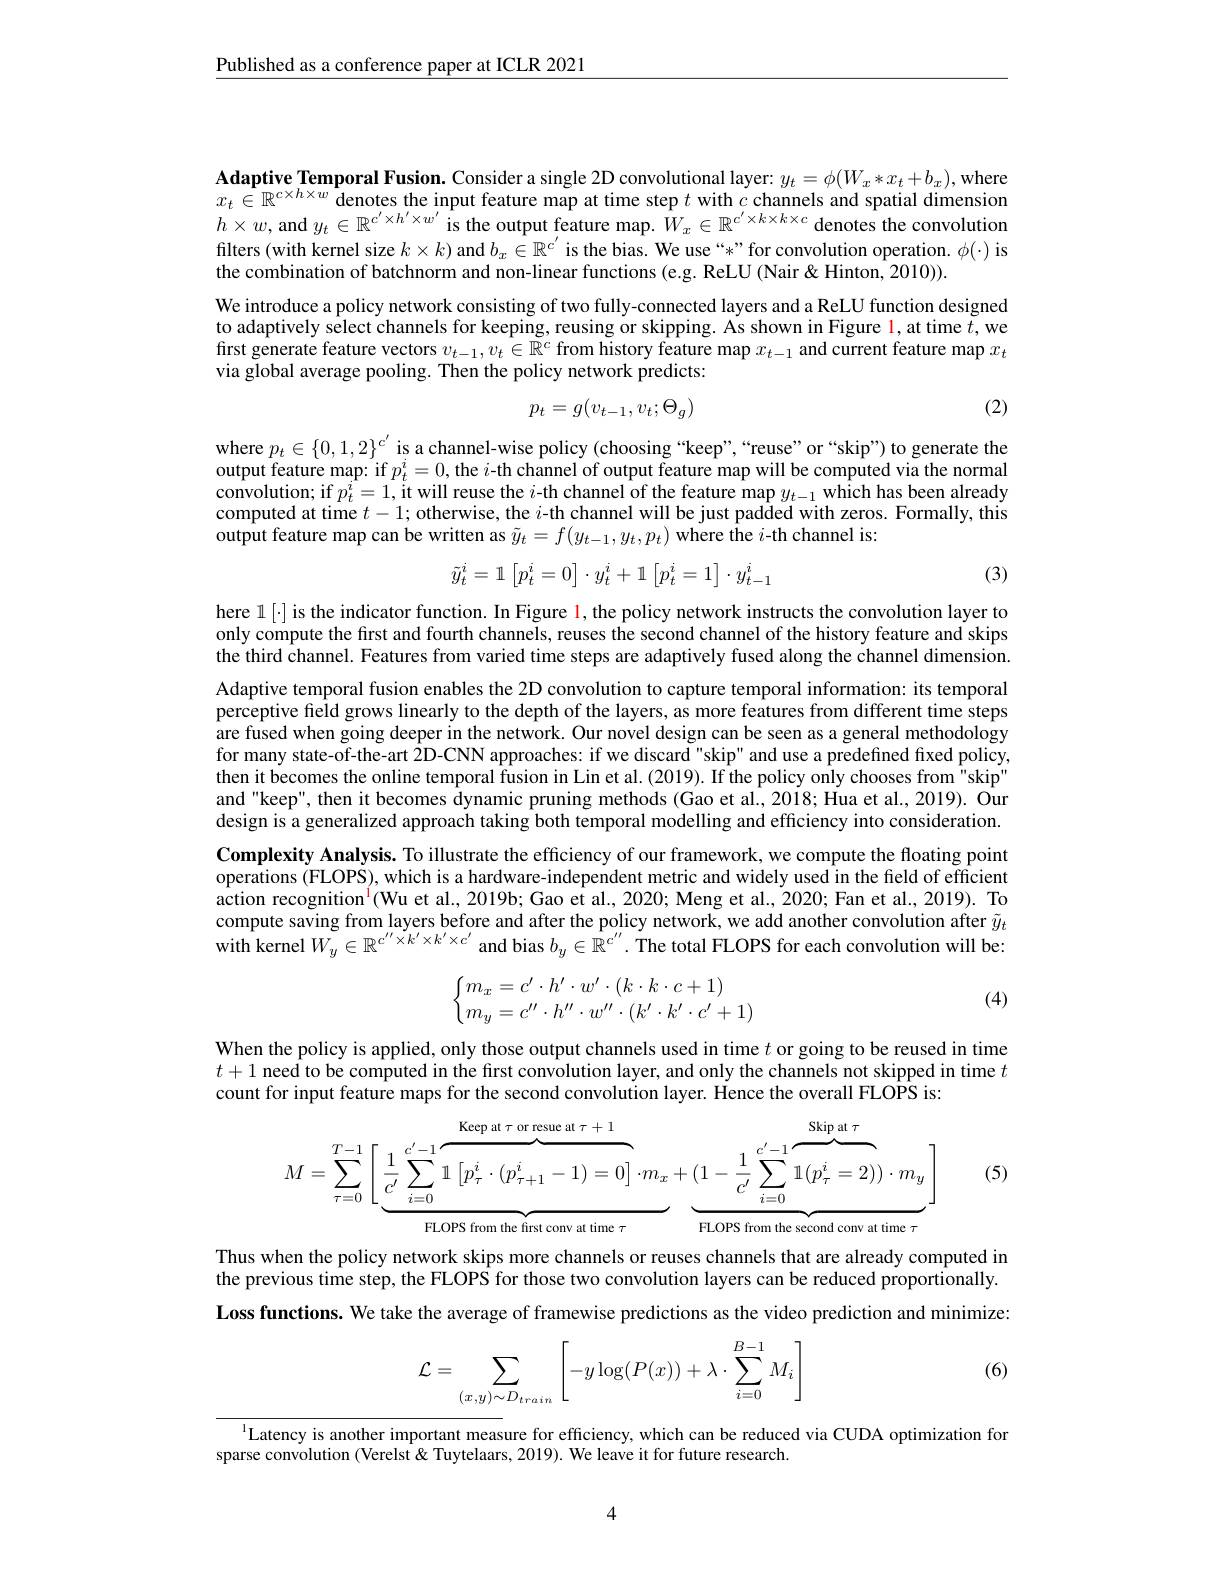
Published as a conference paper at ICLR 2021

$\textbf{Adaptive Temporal Fusion. Consider a single 2D convolutional layer: }y_{t}= \phi ( W_{x}* x_{t}+ b_{x}) $,where $x_t\in\mathbb{R}^{c\times h\times w}$ denotes the input feature map at time step $t$ with $c$ channels and spatial dimension $h\times w$,and $y_t\in\mathbb{R}^{c^{\prime}\times h^{\prime}\times w^{\prime}}$ is the output feature map. $W_x\in\mathbb{R}^{c^{\prime}\times k\times k\times c}$ denotes the convolution filters (with kernel size $k\times k)$ and $b_x\in\mathbb{R}^{c^{\prime}}$ is the bias. We use“*”for convolution operation. $\phi(\cdot)$ is the combination of batchnorm and non-linear functions (e.g. ReLU (Nair &Hinton, 2010)).
We introduce a policy network consisting of two fully-connected layers and a ReLU function designed to adaptively select channels for keeping, reusing or skipping. As shown in Figure $\color{red}{1,\text{attime}t,\text{we}}$ first generate feature vectors $v_{t-1},v_t\in\mathbb{R}^c$ from history feature map $x_t-1$ and current feature map $x_t$ via global average pooling. Then the policy network predicts

(2)
$$p_t=g(v_{t-1},v_t;\Theta_g)$$
where $p_t\in\{0,1,2\}^{c^{\prime}}$ is a channel-wise policy (choosing “keep”,“reuse”or“skip”) to generate the output feature map: if $p_t^i=0$, the $i$-th channel of output feature map will be computed via the normal convolution; if $p_{t}^{i}= 1$,it will reuse the $i$- th channel of the feature map $y_{t- 1}$ which has been already computed at time $t- 1;$ otherwise, the $i$- th channel will be just padded with zeros. Formally, this computed at time $t- 1;$ othe output feature map can be written as $\tilde{y}_t=f(y_{t-1},y_t,p_t)$ where the $i$-th channel is:
$$\tilde{y}_t^i=\mathbb{1}\begin{bmatrix}p_t^i=0\end{bmatrix}\cdot y_t^i+\mathbb{1}\begin{bmatrix}p_t^i=1\end{bmatrix}\cdot y_{t-1}^i$$
(3)

here l [·] is the indicator function. In Figure $\color{red}1$, the policy network instructs the convolution layer to only compute the first and fourth channels, reuses the second channel of the history feature and skips the third channel. Features from varied time steps are adaptively fused along the channel dimension.

Adaptive temporal fusion enables the 2D convolution to capture temporal information: its temporal perceptive field grows linearly to the depth of the layers, as more features from different time steps are fused when going deeper in the network. Our novel design can be seen as a general methodology for many state-of-the-art 2D-CNN approaches: if we discard"skip" and use a predefined fixed policy, then it becomes the online temporal fusion in Lin et al. (2019). If the policy only chooses from"skip" and "keep", then it becomes dynamic pruning methods (Gao et al., 2018; Hua et al., 2019). Our design is a generalized approach taking both temporal modelling and efficiency into consideration. Complexity Analysis. To illustrate the efficiency of our framework, we compute the ffoating point operations (FLOPS), which is a hardware-independent metric and widely used in the freld of efficient action recognition$^{\mathrm{l}}($Wu et al., 2019b; Gao et al., 2020; Meng et al., 2020; Fan et al., 2019). To compute saving from layers before and after the policy network, we add another convolution after $\tilde{y}_t$ $\hat{\text{with kernel }W_y}\in\mathbb{R}^{c^{\prime\prime}\times k^{\prime}\times k^{\prime}\times c^{\prime}}$ and bias $b_y\in\hat{\mathbb{R}}^{c^{\prime\prime}}.$ The total FLOPS for each convolution will be:

(4)
$$\left\{\begin{matrix}m_x=c'\cdot h'\cdot w'\cdot(k\cdot k\cdot c+1)\\m_y=c''\cdot h''\cdot w''\cdot(k'\cdot k'\cdot c'+1)\end{matrix}\right.$$
When the policy is applied, only those output channels used in time $t$ or going to be reused in time $t+1$ need to be computed in the first convolution layer, and only the channels not skipped in time $t$ count for input feature maps for the second convolution layer. Hence the overall FLOPS is:

(5)
$$M=\sum_{\tau=0}^{T-1}\left[\underbrace{\frac{1}{c^{\prime}}\sum_{i=0}^{c^{\prime}-1}\overbrace{1\left[p_{\tau}^{i}\cdot(p_{\tau+1}^{i}-1)=0\right]}^{\text{Keep at }\tau\text{or resue at }\tau+1}\cdot m_{x}}_{\text{HLOPS from the first conv at time }\tau}+\underbrace{(1-\frac{1}{c^{\prime}}\sum_{i=0}^{c^{\prime}-1}\overbrace{1(p_{\tau}^{i}=2)}^{\text{Skip at }\tau}}_{\text{FLOPS from the second conv at time }\tau}\right]$$
Thus when the policy network skips more channels or reuses channels that are already computed in the previous time step, the FLOPS for those two convolution layers can be reduced proportionally. Loss functions. We take the average of framewise predictions as the video prediction and minimize:

(6)
$$\mathcal{L}=\sum_{(x,y)\sim D_{train}}\left[-y\log(P(x))+\lambda\cdot\sum_{i=0}^{B-1}M_i\right]$$
l Latency is another important measure for efficiency, which can be reduced via CUDA optimization for
sparse convolution (Verelst&Tuytelaars, 2019). We leave it for future research.

4